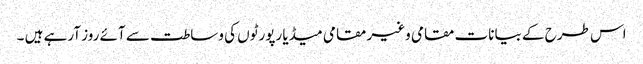
اس طرح کے بیانات مقامی وغیر مقامی میڈیا رپورٹوں کی وساطت سے آئے روز آرہے ہیں ۔